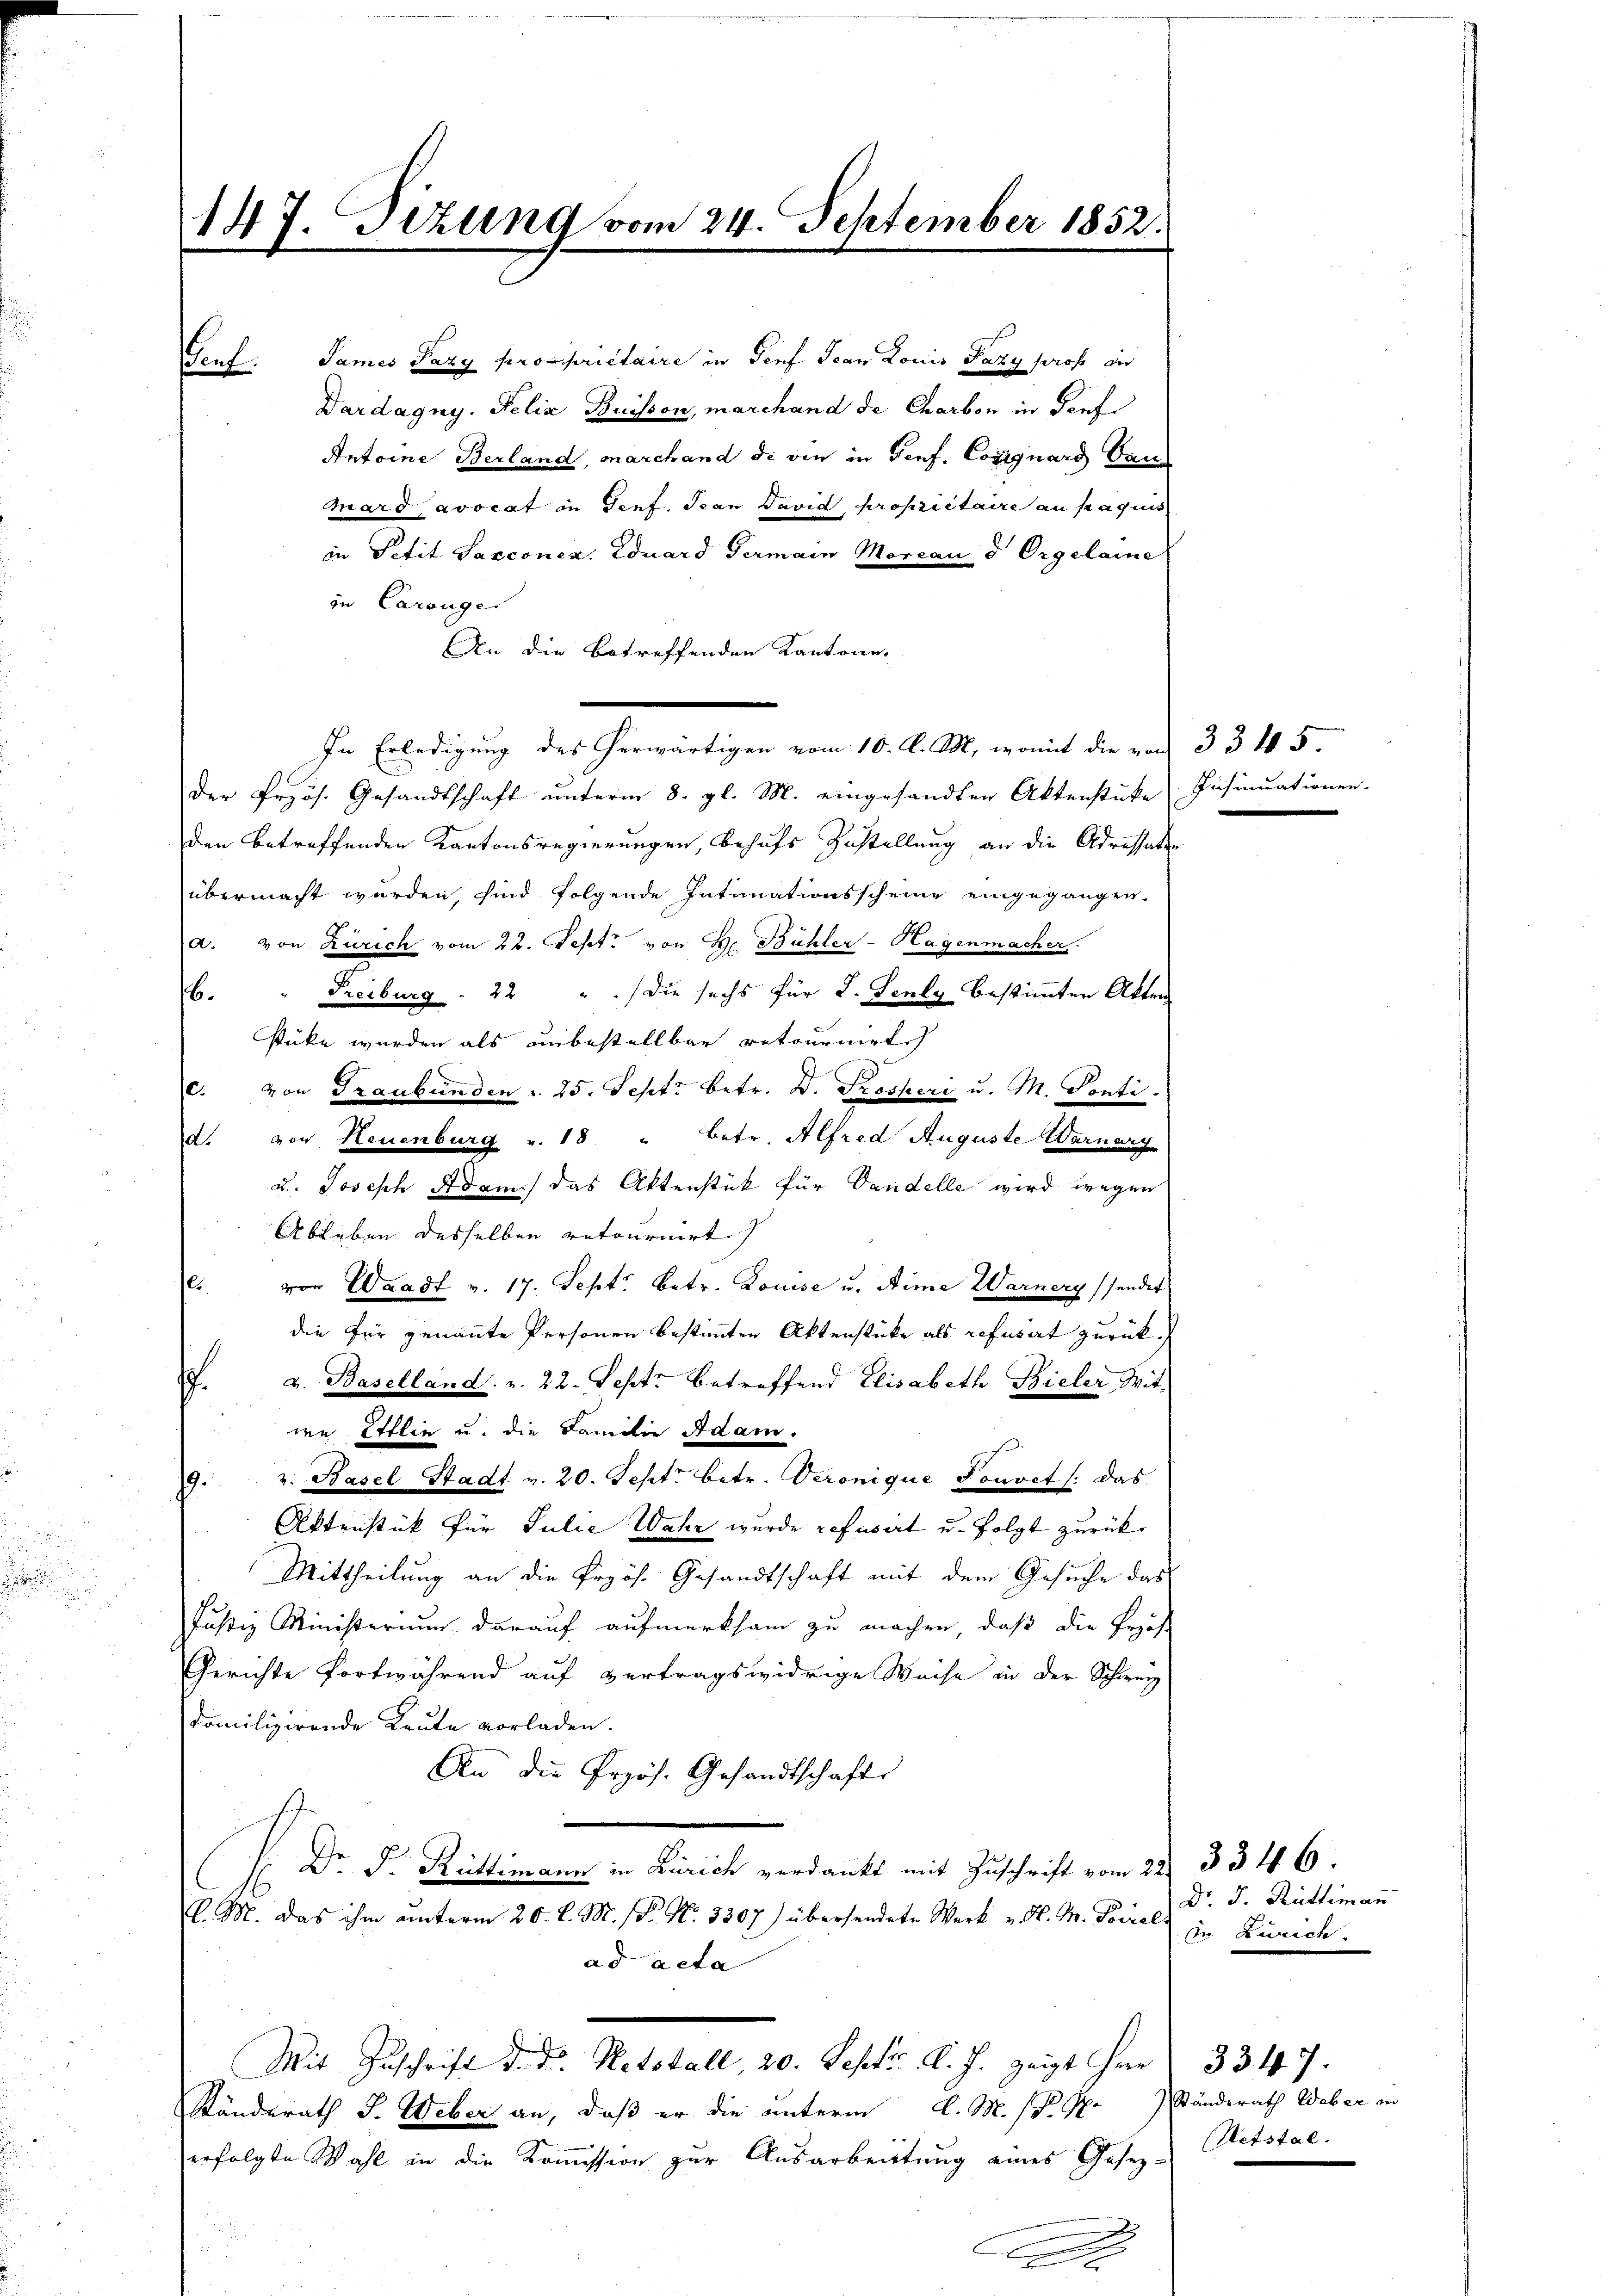
e

147. Sizung vom 24. September 1852.
Sames Pazy propriétaire in Genf Jean Louis Pazy pros die
enf
Dardagny. Felix Buisson, marchand de Charben in Genf

Antoine Berland, marchand di vin in Genf. Cosignars Bau
Mard avocat in Genf. Jean David propriétaire an Paquis
in Petit Saxconen. Eduard Germain Morcan d Orgelaine
zu Carouge
An die betreffenden Kantone
In Erledigung des herwärtigen vom 10. d. M., womit die von 33 f 5
Der Przös. Gesandtschaft unterm 8. gl. M. eingesandten Aktenstüke Insinuationen.
den betreffenden Kantonsregierungen, behufs Zustellung an die Adressation
übermacht werden, sind folgende Intimationsscheine eingegangen.
a. von Zürich vom 22. Sept. von H. Bühler-Hagenmacher
Freiburg. 22 " " die sechs für 2. Senly bestimmten Akten
.
stüke wurden als unbestellbar retournirt.
c. von Graubünden u. 25. Sept. betr. B. Fresheri u. M. Ponti
d. von Neuenburg v. 13 " Betr. Alfred Auguste Warner
u. Joseph Adam das Aktenstück für Vandelle wird wegen
Ableben desselben retournirt
e.
von Waadt v. 17. Sept. betr. Louise u. Aime Warnery sendet
die für genannte Personen bestimmten Aktenstücke als refusert zurückf. v. Baselland u. 22. Septz betreffend Elisabeth Bieler Witwa Ettlin u. die Familie Adam.
v. Basel Stadt v. 20. Sept. betr. Veronique Touvet /: das
.
Aktenstück für Julie Wahr wurde refusert u. folgt zurück¬
Mittheilung an die Przös. Gesandtschaft mit dem Gesuche das
Justiz Ministerium darauf aufmerksam zu machen, daß die Präs
Gerichte fortwährend auf vertragswidrige Weise in der Schweiz
domilizirende Leute vorladen.
An die Przös. Gesandtschafte
: Dr. F. Rüttimann in Zürich verdankt mit Zuschrift vom 22. 334. 6.
l. M. Das ihm unterm 20. d. M. P. Nr. 3307) übersendete Werk u. d. M. Pirelad acta
Mit Zuschrift d. d. Ratstall, 20. Sept. l. J. zeigt Herr 3347.
Ständerath J. Weber an, daß er die unterm l. M. D. M. Ständerath Weber in
erfolgte Wahl in die Kommission zur Ausarbeittung eines Gesetz-

Dr. J. Rüttimann
In Zürich.

Retstal.